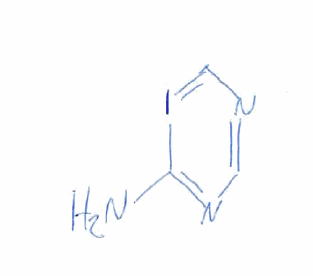
Simplified molecular-input line-entry system (SMILES) notation of the given molecule:
C1=NC=IC(=N1)N